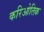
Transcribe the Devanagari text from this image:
करिओलिक